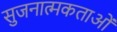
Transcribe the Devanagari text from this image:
सुजनात्मकताओं